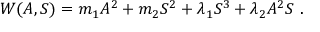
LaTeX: W ( A , S ) = m _ { 1 } A ^ { 2 } + m _ { 2 } S ^ { 2 } + \lambda _ { 1 } S ^ { 3 } + \lambda _ { 2 } A ^ { 2 } S ~ .